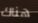
هناك